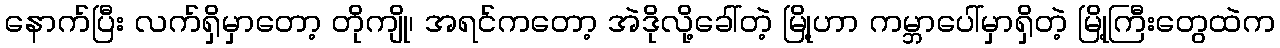
နောက်ပြီး လက်ရှိမှာတော့ တိုကျို၊ အရင်ကတော့ အဲဒိုလို့ခေါ်တဲ့ မြို့ဟာ ကမ္ဘာပေါ်မှာရှိတဲ့ မြို့ကြီးတွေထဲက